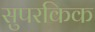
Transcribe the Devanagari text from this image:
सुपरकिक